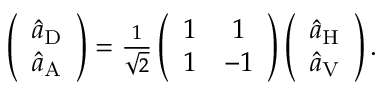
\begin{array} { r } { \left( \begin{array} { c } { \hat { a } _ { \mathrm { D } } } \\ { \hat { a } _ { \mathrm { A } } } \end{array} \right) = \frac { 1 } { \sqrt { 2 } } \left( \begin{array} { c c } { 1 } & { 1 } \\ { 1 } & { - 1 } \end{array} \right) \left( \begin{array} { c } { \hat { a } _ { \mathrm { H } } } \\ { \hat { a } _ { \mathrm { V } } } \end{array} \right) . } \end{array}